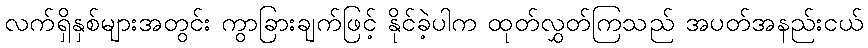
လက်ရှိနှစ်များအတွင်း ကွာခြားချက်ဖြင့် နိုင်ခဲ့ပါက ထုတ်လွှတ်ကြသည် အပတ်အနည်းငယ်